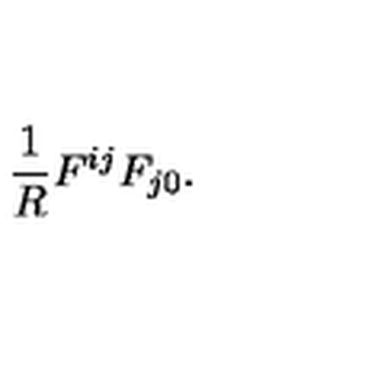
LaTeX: \frac { 1 } { R } F ^ { i j } F _ { j 0 } .